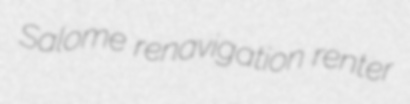
Salome renavigation renter